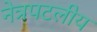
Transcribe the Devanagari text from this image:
नेत्रपटलीय